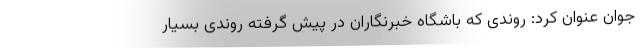
جوان عنوان کرد: روندی که باشگاه خبرنگاران در پیش گرفته روندی بسیار